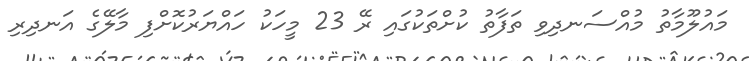
މައުލޫމާތު މުއްސަނދިވި ތަފާތު ކުށްތަކުގައި ރޭ 23 މީހަކު ހައްޔަރުކޮށްފި މާލޭގެ އަނދިރި